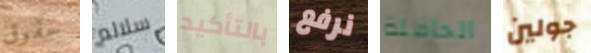
حقوق سلالم بالتأكيد نرفع الحافلة جولين